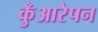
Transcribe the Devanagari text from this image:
कुँआरेपन